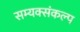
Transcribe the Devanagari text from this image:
सम्यक्संकल्प